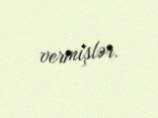
vermişlər.